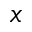
x